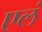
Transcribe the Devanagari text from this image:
एलं